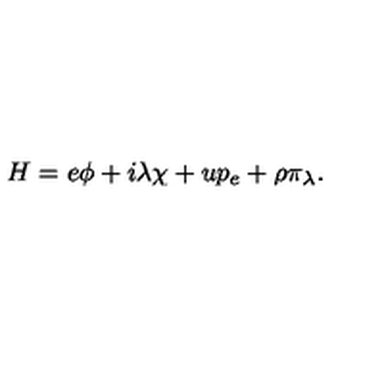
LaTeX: H = e \phi + i \lambda \chi + u p _ { e } + \rho \pi _ { \lambda } .